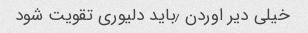
خیلی دیر اوردن ٫باید دلیوری تقویت شود